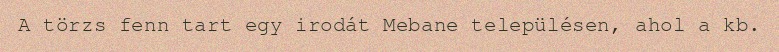
A törzs fenn tart egy irodát Mebane településen, ahol a kb.